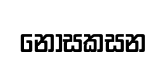
නොසකසන